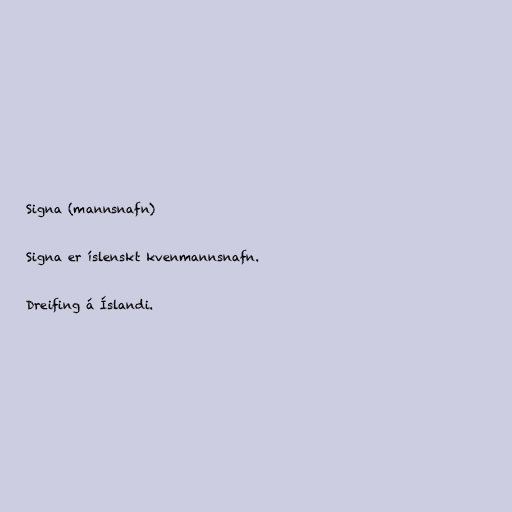
Signa (mannsnafn)

Signa er íslenskt kvenmannsnafn.

Dreifing á Íslandi.